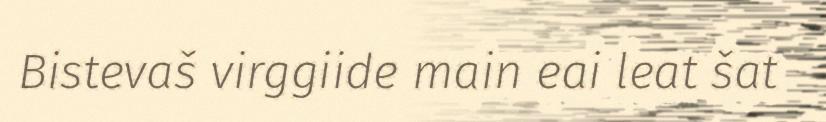
Bistevaš virggiide main eai leat šat